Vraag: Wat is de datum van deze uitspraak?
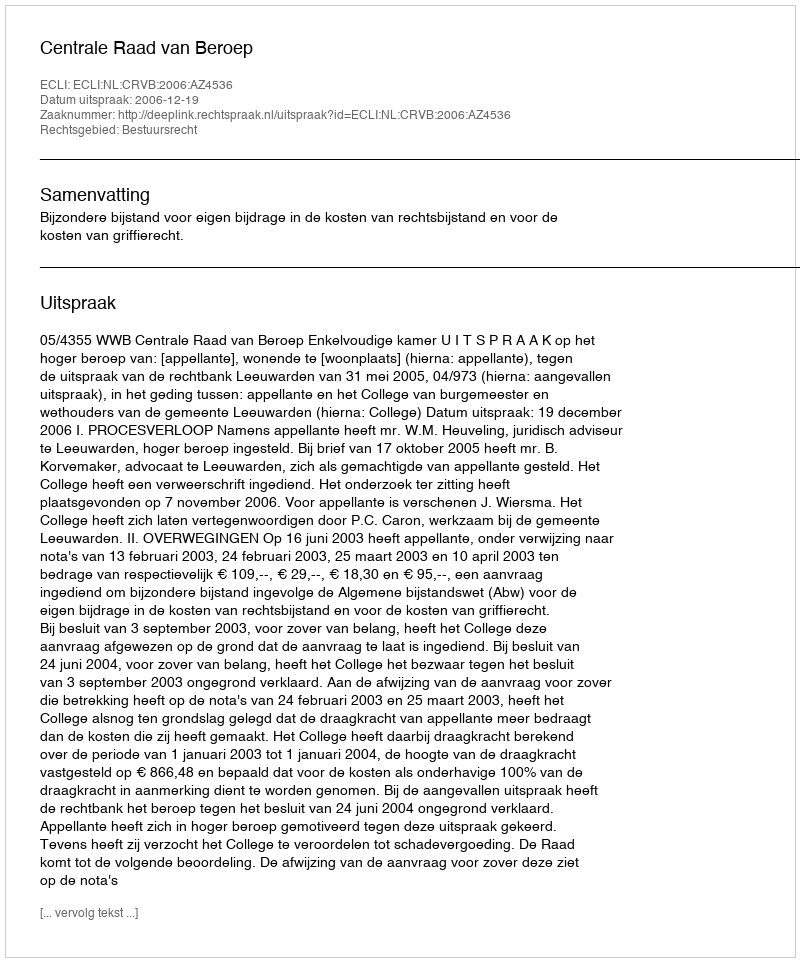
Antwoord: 2006-12-19